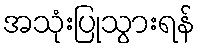
အသုံးပြုသွားရန်